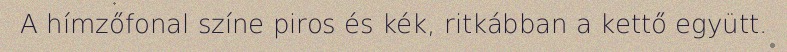
A hímzőfonal színe piros és kék, ritkábban a kettő együtt.